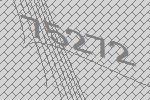
75272